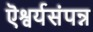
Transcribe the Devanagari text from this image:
ऎश्वर्यसंपन्न